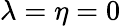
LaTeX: \lambda=\eta=0